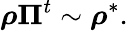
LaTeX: \boldsymbol{\rho}\boldsymbol{\Pi}^{t}\sim\boldsymbol{\rho}^{*}.